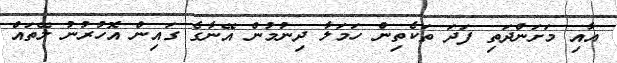
އާއި މަށަންދަތި ފަދަ ތަކެތިން ހަމަލާ ދިނުމުން އޭނާގެ ގައިން އޮހުރުނު ލޭތައް